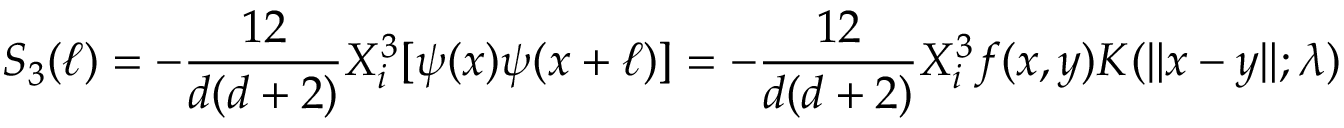
S _ { 3 } ( \ell ) = - \frac { 1 2 } { d ( d + 2 ) } X _ { i } ^ { 3 } \mathbf [ \psi ( x ) \psi ( x + \ell ) ] = - \frac { 1 2 } { d ( d + 2 ) } X _ { i } ^ { 3 } f ( x , y ) K ( \| x - y \| ; \lambda )